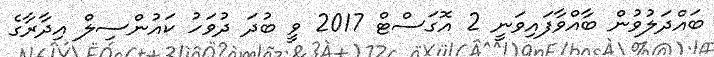
ބައްދަލުވުން ބާއްވާފައިވަނީ 2 އޮގަސްޓް 2017 ވީ ބުދަ ދުވަހު ކައުންސިލް އިދާރާގެ